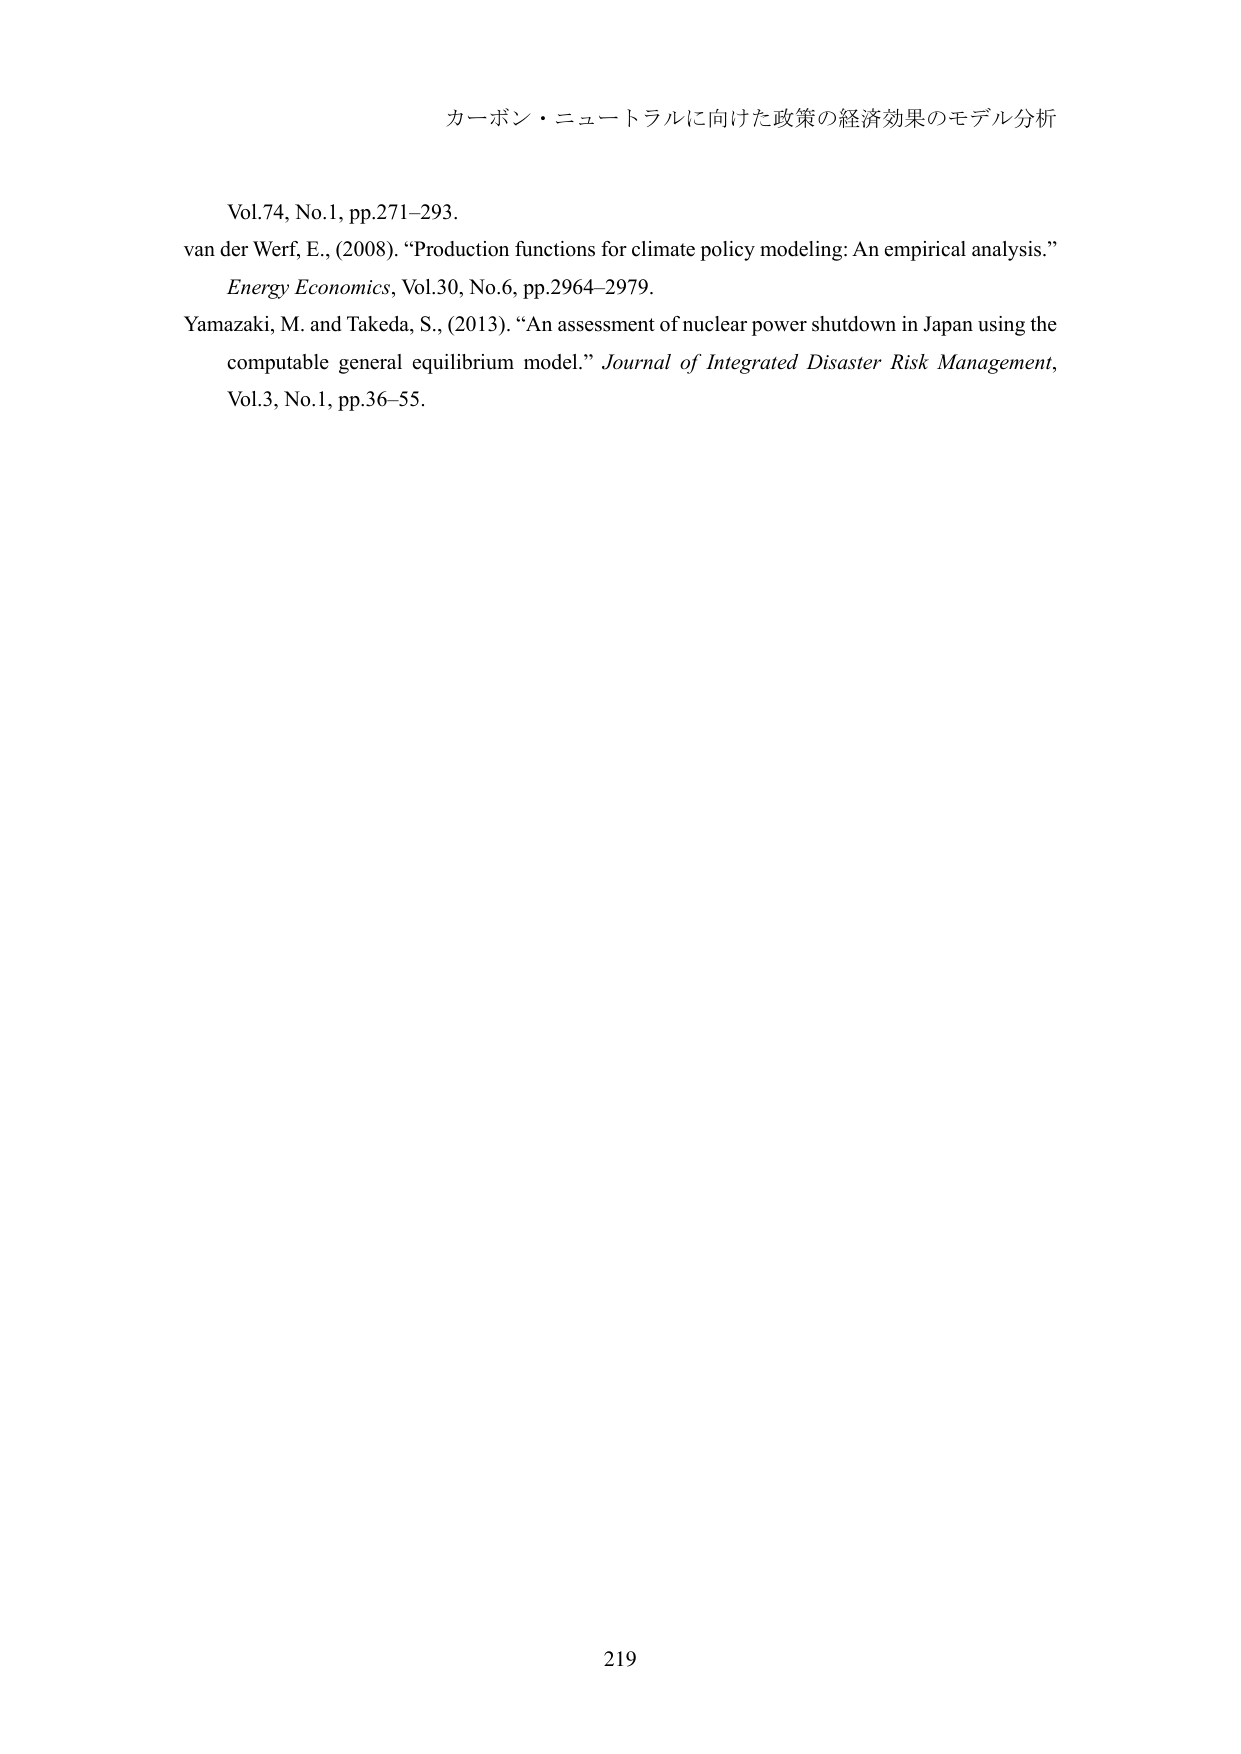
カーボン・ニュートラルに向けた政策の経済効果のモデル分析

Vol.74, No.1, pp.271–293.
van der Werf, E., (2008). “Production functions for climate policy modeling: An empirical analysis.”
Energy Economics, Vol.30, No.6, pp.2964–2979.
Yamazaki, M. and Takeda, S., (2013). “An assessment of nuclear power shutdown in Japan using the computable general equilibrium model.” Journal of Integrated Disaster Risk Management, Vol.3, No.1, pp.36–55.

219